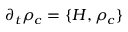
\partial _ { t } \rho _ { c } = \{ H , \rho _ { c } \}